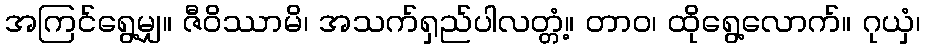
အကြင်ရွေ့မျှ။ ဇီဝိဿာမိ၊ အသက်ရှည်ပါလတ္တံ့။ တာဝ၊ ထိုရွေ့လောက်။ ဂုယှံ၊